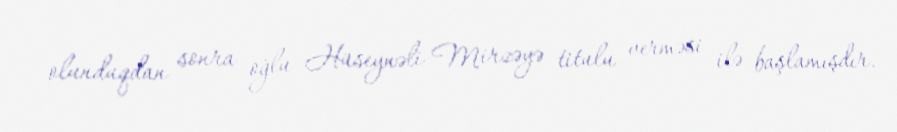
olunduqdan sonra oğlu Hüseynəli Mirzəyə titulu verməsi ilə başlamışdır.